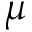
\mu